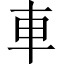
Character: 車